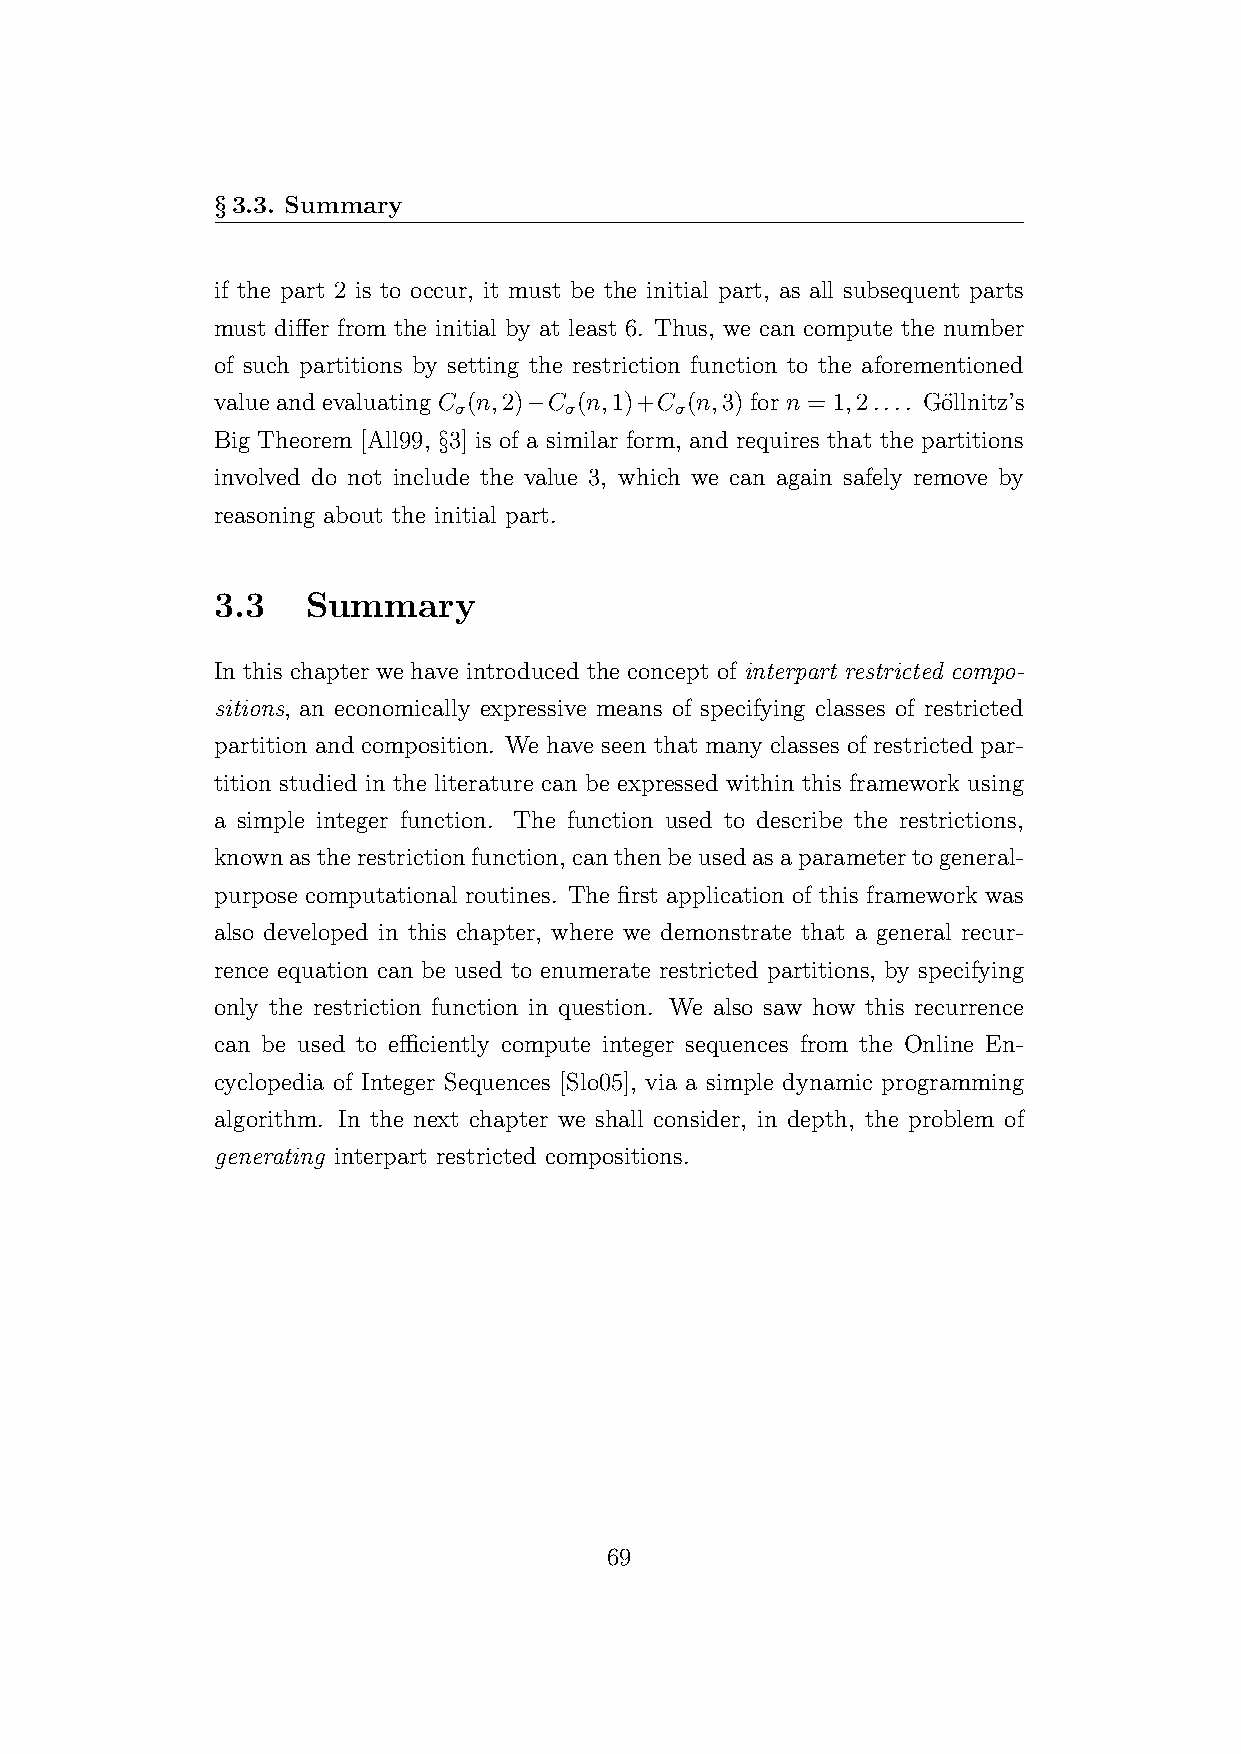
§3.3. Summary
 if the part 2 is to occur, it must be the initial part, as all subsequent parts
 must differ from the initial by at least 6. Thus, we can compute the number
 of such partitions by setting the restriction function to the aforementioned
 value and evaluating C (n,2)−C (n,1)+C (n,3) for n = 1,2.... Go¨llnitz’s
 σ      σ       σ
 Big Theorem [All99, §3] is of a similar form, and requires that the partitions
 involved do not include the value 3, which we can again safely remove by
 reasoning about the initial part.
 3.3   Summary
 In this chapter we have introduced the concept of interpart restricted compo-
 sitions, an economically expressive means of specifying classes of restricted
 partition and composition. We have seen that many classes of restricted par-
 tition studied in the literature can be expressed within this framework using
 a simple integer function. The function used to describe the restrictions,
 knownastherestrictionfunction, canthenbeusedasaparametertogeneral-
 purpose computational routines. The first application of this framework was
 also developed in this chapter, where we demonstrate that a general recur-
 rence equation can be used to enumerate restricted partitions, by specifying
 only the restriction function in question. We also saw how this recurrence
 can be used to efficiently compute integer sequences from the Online En-
 cyclopedia of Integer Sequences [Slo05], via a simple dynamic programming
 algorithm. In the next chapter we shall consider, in depth, the problem of
 generating interpart restricted compositions.
 69